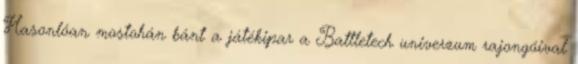
Hasonlóan mostohán bánt a játékipar a Battletech univerzum rajongóival